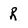
Character: R